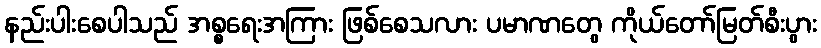
နည်းပါးစေပါသည် အစ္စရေးအကြား ဖြစ်စေသလား ပမာဏတွေ ကိုယ်တော်မြတ်စီးပွား